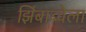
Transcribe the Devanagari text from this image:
झिंबाब्वेला